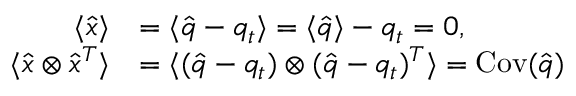
\begin{array} { r l } { \langle \hat { x } \rangle } & { = \langle \hat { q } - q _ { t } \rangle = \langle \hat { q } \rangle - q _ { t } = 0 , } \\ { \langle \hat { x } \otimes \hat { x } ^ { T } \rangle } & { = \langle ( \hat { q } - q _ { t } ) \otimes ( \hat { q } - q _ { t } ) ^ { T } \rangle = \operatorname { C o v } ( \hat { q } ) } \end{array}